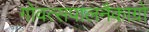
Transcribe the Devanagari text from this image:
गोवत्सपालनैकाग्रो